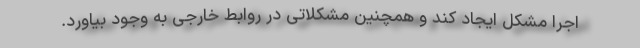
اجرا مشکل ایجاد کند و همچنین مشکلاتی در روابط خارجی به وجود بیاورد.